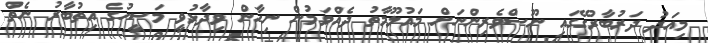
މިއަދު ދަރުބާރުގޭގައި ނޫސްވެރިންނަށް މައުލޫމާތު ދެއްވަމުން ނިހާން ވިދާޅުވީ މަސީހުގެ އިތުބާރު ނެތް